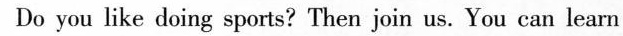
Do you like doing sports? Then join us. You can learn